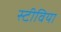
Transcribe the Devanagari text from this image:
स्टीविया